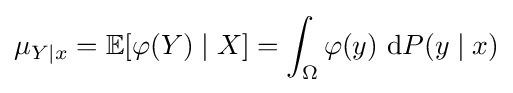
\mu _{Y\mid x}=\mathbb {E} [\varphi (Y)\mid X]=\int _{\Omega }\varphi (y)\ \mathrm {d} P(y\mid x)